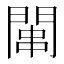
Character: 𫔢